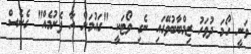
ވަނީ ހޯމަ ދުވަހު ޒިމްބާބުވޭގައި ނެގި ވޯޓަކީ "ގައުމަށް އާ ފެށުމެއް" ގެނެސް